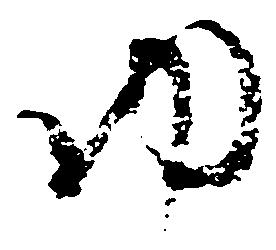
ゆ